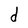
Character: d